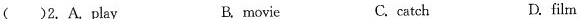
( )2. A.Play B.movie C.catch D. film